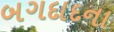
બગદાદના